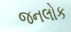
જનલોક